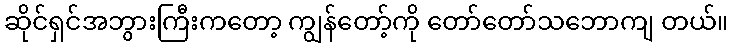
ဆိုင်ရှင်အဘွားကြီးကတော့ ကျွန်တော့်ကို တော်တော်သဘောကျ တယ်။